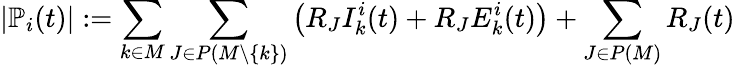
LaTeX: |\mathbb{P}_{i}(t)|:=\sum_{k\in M}\sum_{J\in P(M\backslash\{ k\} )}\big(R_{J}I_{k}^{i}(t)+R_{J}E_{k}^{i}(t)\big)+\sum_{J\in P(M)}R_{J}(t)